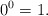
\begin{align*}0^0=1.\end{align*}